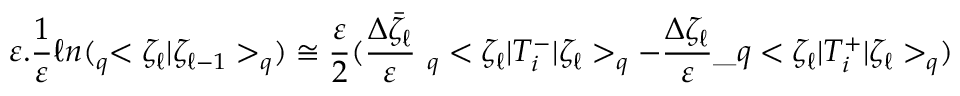
\varepsilon . \frac { 1 } { \varepsilon } \ell n ( _ { q } < \zeta _ { \ell } | \zeta _ { \ell - 1 } > _ { q } ) \cong \frac { \varepsilon } { 2 } ( \frac { \Delta \bar { \zeta } _ { \ell } } { \varepsilon } \ _ { q } < \zeta _ { \ell } | T _ { i } ^ { - } | \zeta _ { \ell } > _ { q } - \frac { \Delta \zeta _ { \ell } } { \varepsilon } \_ q < \zeta _ { \ell } | T _ { i } ^ { + } | \zeta _ { \ell } > _ { q } ) \,